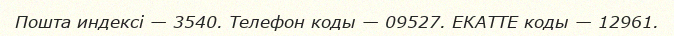
Пошта индексі — 3540. Телефон коды — 09527. ЕКАТТЕ коды — 12961.